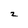
Character: z